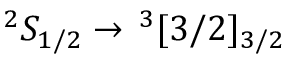
^ 2 S _ { 1 / 2 } \rightarrow \, ^ { 3 } [ 3 / 2 ] _ { 3 / 2 }